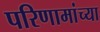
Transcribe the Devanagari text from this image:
परिणामांच्या